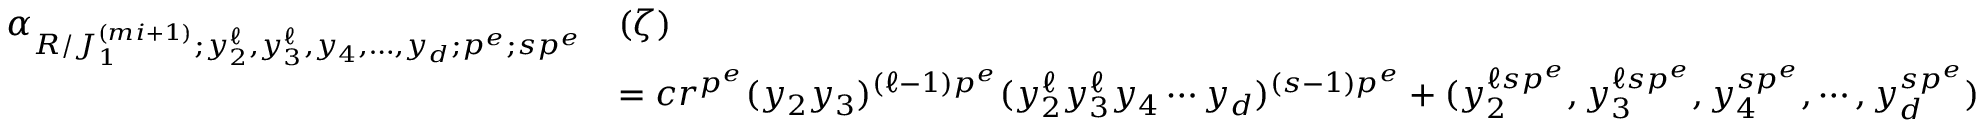
\begin{array} { r l } { \alpha _ { R / J _ { 1 } ^ { ( m i + 1 ) } ; y _ { 2 } ^ { \ell } , y _ { 3 } ^ { \ell } , y _ { 4 } , \ldots , y _ { d } ; p ^ { e } ; s p ^ { e } } } & { ( \zeta ) } \\ & { = c r ^ { p ^ { e } } ( y _ { 2 } y _ { 3 } ) ^ { ( \ell - 1 ) p ^ { e } } ( y _ { 2 } ^ { \ell } y _ { 3 } ^ { \ell } y _ { 4 } \cdots y _ { d } ) ^ { ( s - 1 ) p ^ { e } } + ( y _ { 2 } ^ { \ell s p ^ { e } } , y _ { 3 } ^ { \ell s p ^ { e } } , y _ { 4 } ^ { s p ^ { e } } , \cdots , y _ { d } ^ { s p ^ { e } } ) } \end{array}